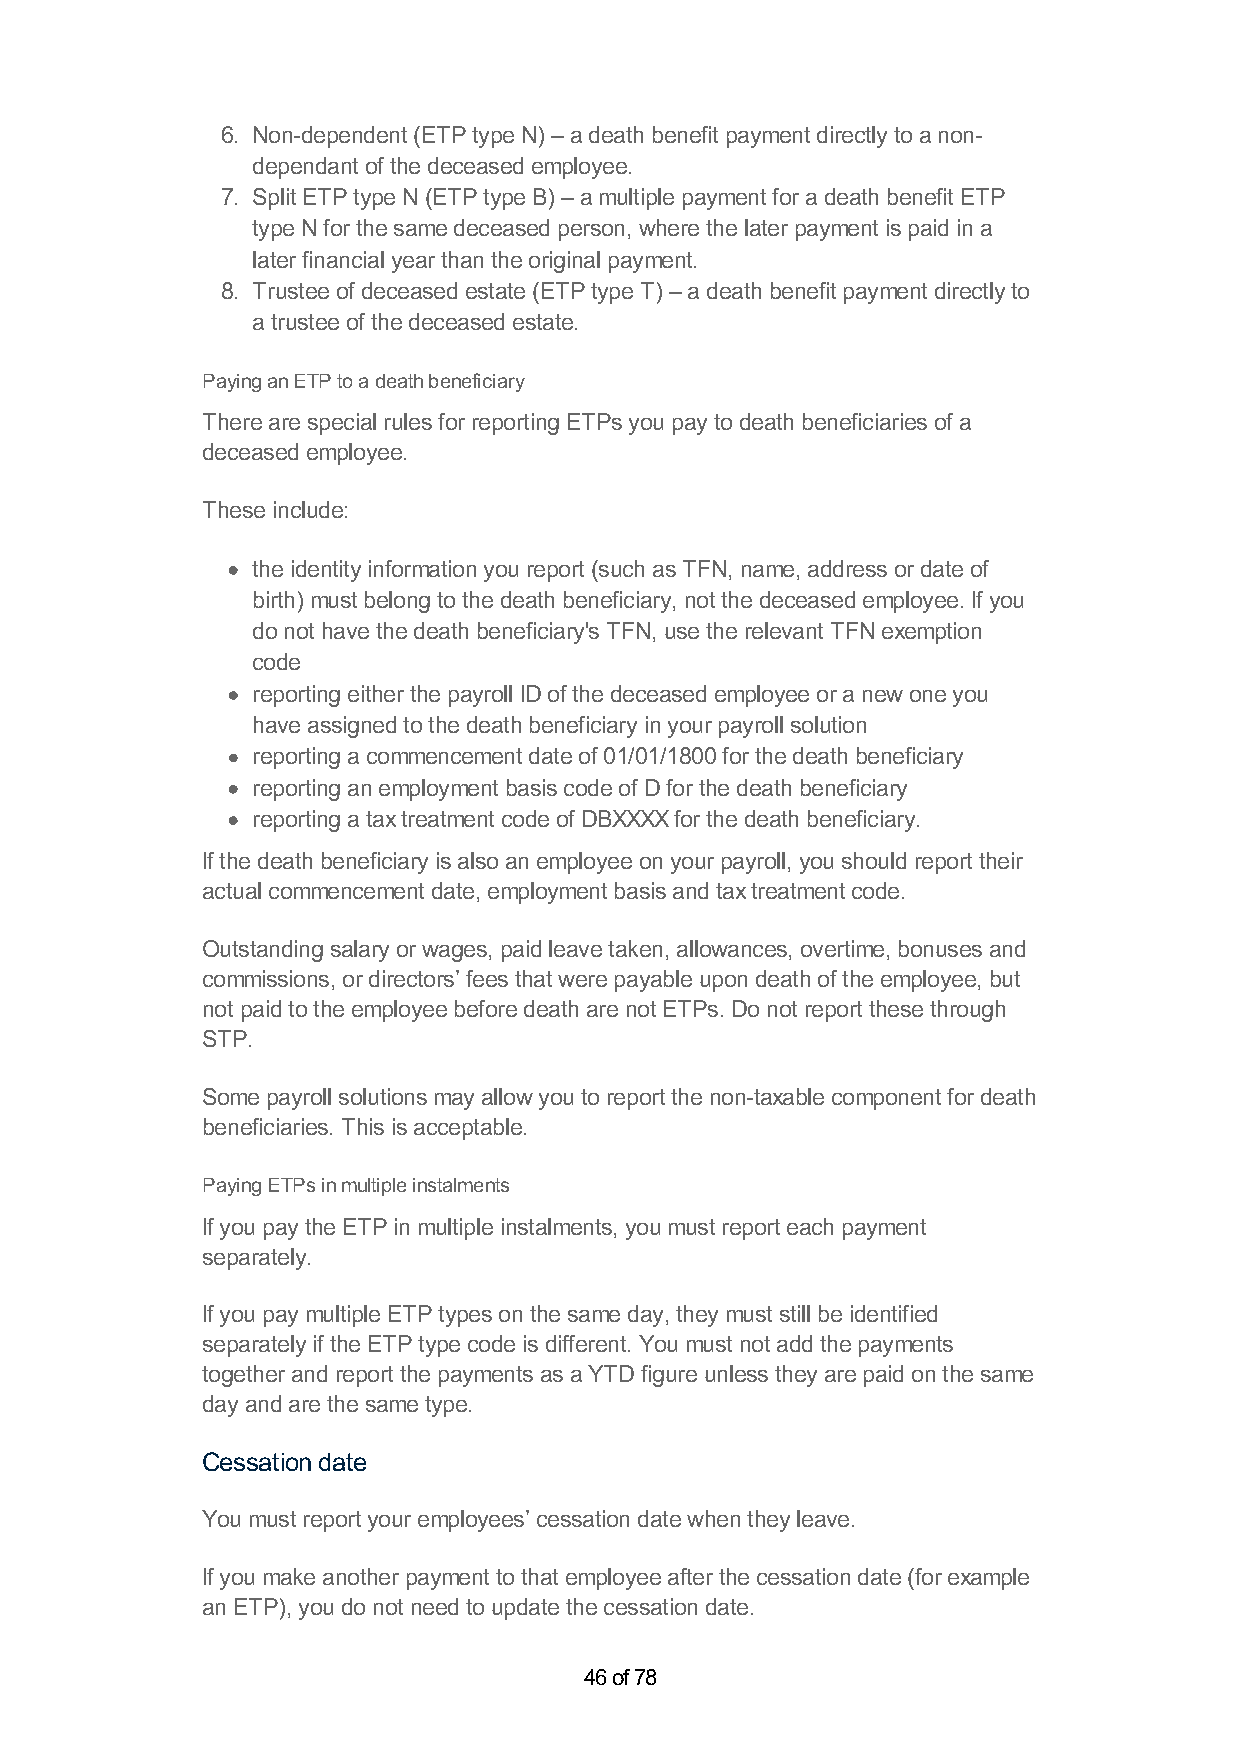
6. Non-dependent (ETP type N) – a death benefit payment directly to a non-
 dependant of the deceased employee.
 7. Split ETP type N (ETP type B) – a multiple payment for a death benefit ETP
 type N for the same deceased person, where the later payment is paid in a
 later financial year than the original payment.
 8. Trustee of deceased estate (ETP type T) – a death benefit payment directly to
 a trustee of the deceased estate.
 Paying an ETP to a death beneficiary
 There are special rules for reporting ETPs you pay to death beneficiaries of a
 deceased employee.
 These include:
 the identity information you report (such as TFN, name, address or date of
 birth) must belong to the death beneficiary, not the deceased employee. If you
 do not have the death beneficiary's TFN, use the relevant TFN exemption
 code
 reporting either the payroll ID of the deceased employee or a new one you
 have assigned to the death beneficiary in your payroll solution
 reporting a commencement date of 01/01/1800 for the death beneficiary
 reporting an employment basis code of D for the death beneficiary
 reporting a tax treatment code of DBXXXX for the death beneficiary.
 If the death beneficiary is also an employee on your payroll, you should report their
 actual commencement date, employment basis and tax treatment code.
 Outstanding salary or wages, paid leave taken, allowances, overtime, bonuses and
 commissions, or directors’ fees that were payable upon death of the employee, but
 not paid to the employee before death are not ETPs. Do not report these through
 STP.
 Some payroll solutions may allow you to report the non-taxable component for death
 beneficiaries. This is acceptable.
 Paying ETPs in multiple instalments
 If you pay the ETP in multiple instalments, you must report each payment
 separately.
 If you pay multiple ETP types on the same day, they must still be identified
 separately if the ETP type code is different. You must not add the payments
 together and report the payments as a YTD figure unless they are paid on the same
 day and are the same type.
 Cessation date
 You must report your employees’ cessation date when they leave.
 If you make another payment to that employee after the cessation date (for example
 an ETP), you do not need to update the cessation date.
 46 of 78